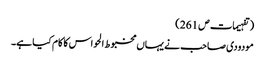
(تفہیمات ص 261 )
مودودی صاحب نے یہاں مخبوط الحواس کا کام کیا ہے۔